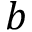
b